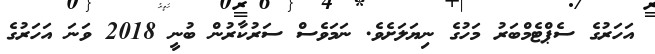
އަހަރުގެ ސެޕްޓެމްބަރު މަހުގެ ނިޔަލަށެވެ. ނަމަވެސް ސަރުކާރުން ބުނީ 2018 ވަނަ އަހަރުގެ